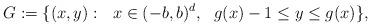
LaTeX: \begin{align*}G:=\{ (x, y):\ \ x\in (-b,b)^{d},\ \ g(x)-1\le y\leq g(x)\},\end{align*}